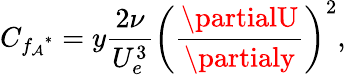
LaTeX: C_{{f_{\mathcal{A}}}^{*}}=y\frac{{2\nu}}{{U_{e}^{3}}}\bigg(\frac{{\partialU}}{{\partialy}}\bigg)^{2},